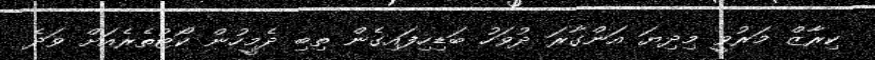
ކިރާޒް މަރުވީ މިދިޔަ އަންގާރަ ދުވަހު ބަޑިހިފައިގެން ތިބި ދެމީހުން ކޯޓުތެރެއަށް ވަދެ